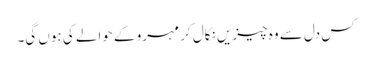
کس دل سے وہ چیزیں نکال کر مہرو کے حوالے کی ہوں گی۔